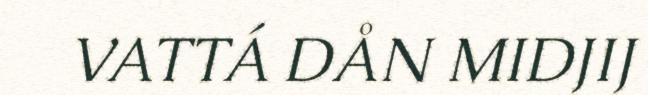
VATTÁ DÅN MIDJIJ